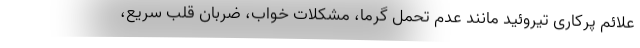
علائم پرکاری تیروئید مانند عدم تحمل گرما، مشکلات خواب، ضربان قلب سریع،